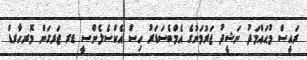
ރައީސް މުޙައްމަދު ނަޝީދު ޖަރުމަނުގެ އެމްބެސަޑަރު ހިސް އެކްސެލެންސީ ޑރ ޖަރގަން މޮރހާރޑް